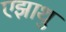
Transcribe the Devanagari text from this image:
एझाथु